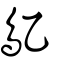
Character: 鳦